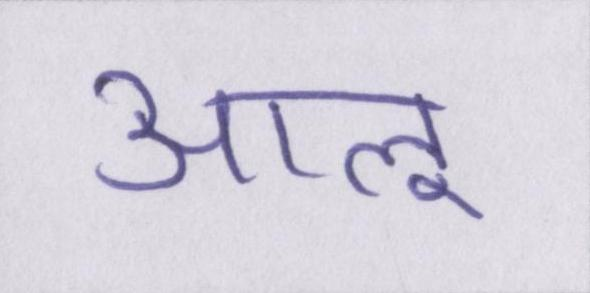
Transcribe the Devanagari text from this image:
आलू